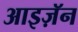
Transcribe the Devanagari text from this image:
आइज़ॅन